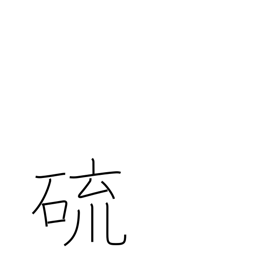
Meaning: sulphur